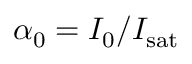
\alpha _ { 0 } = I _ { 0 } / I _ { \mathrm { s a t } }